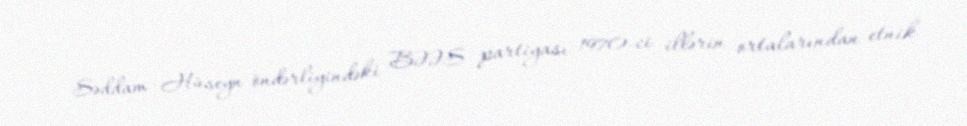
Səddam Hüseyn öndərliyindəki BƏƏS partiyası 1970-ci illərin ortalarından etnik